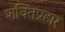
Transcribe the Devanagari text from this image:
शक्तिप्रहार